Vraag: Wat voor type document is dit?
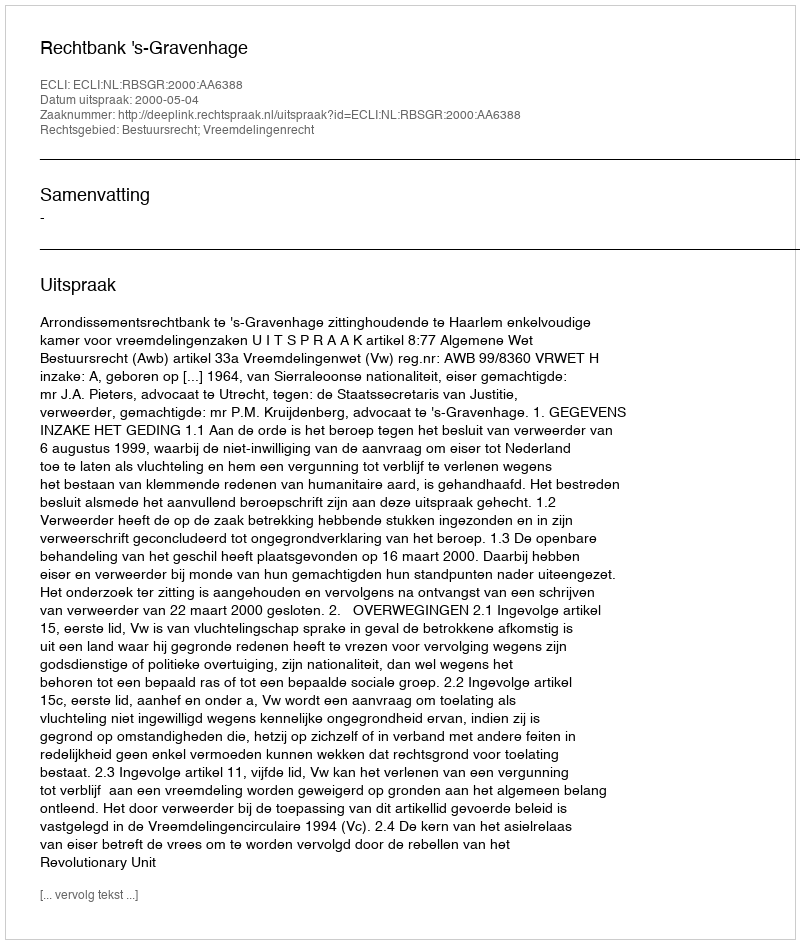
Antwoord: Uitspraak